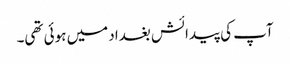
آپ کی پیدائش بغداد میں ہوئی تھی۔